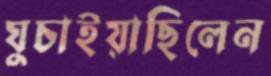
ঘুচাইয়াছিলেন